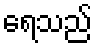
ရေသည်